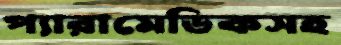
প্যারামেডিকসহ